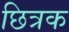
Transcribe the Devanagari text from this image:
छित्रक